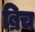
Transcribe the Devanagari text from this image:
ब्रिच